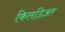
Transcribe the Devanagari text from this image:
किलडिअर